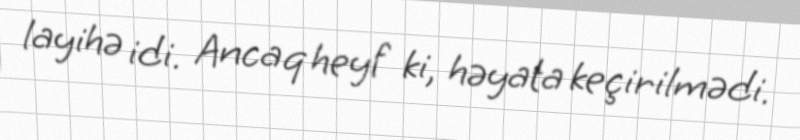
layihə idi. Ancaq heyf ki, həyata keçirilmədi.